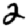
Digit: 2